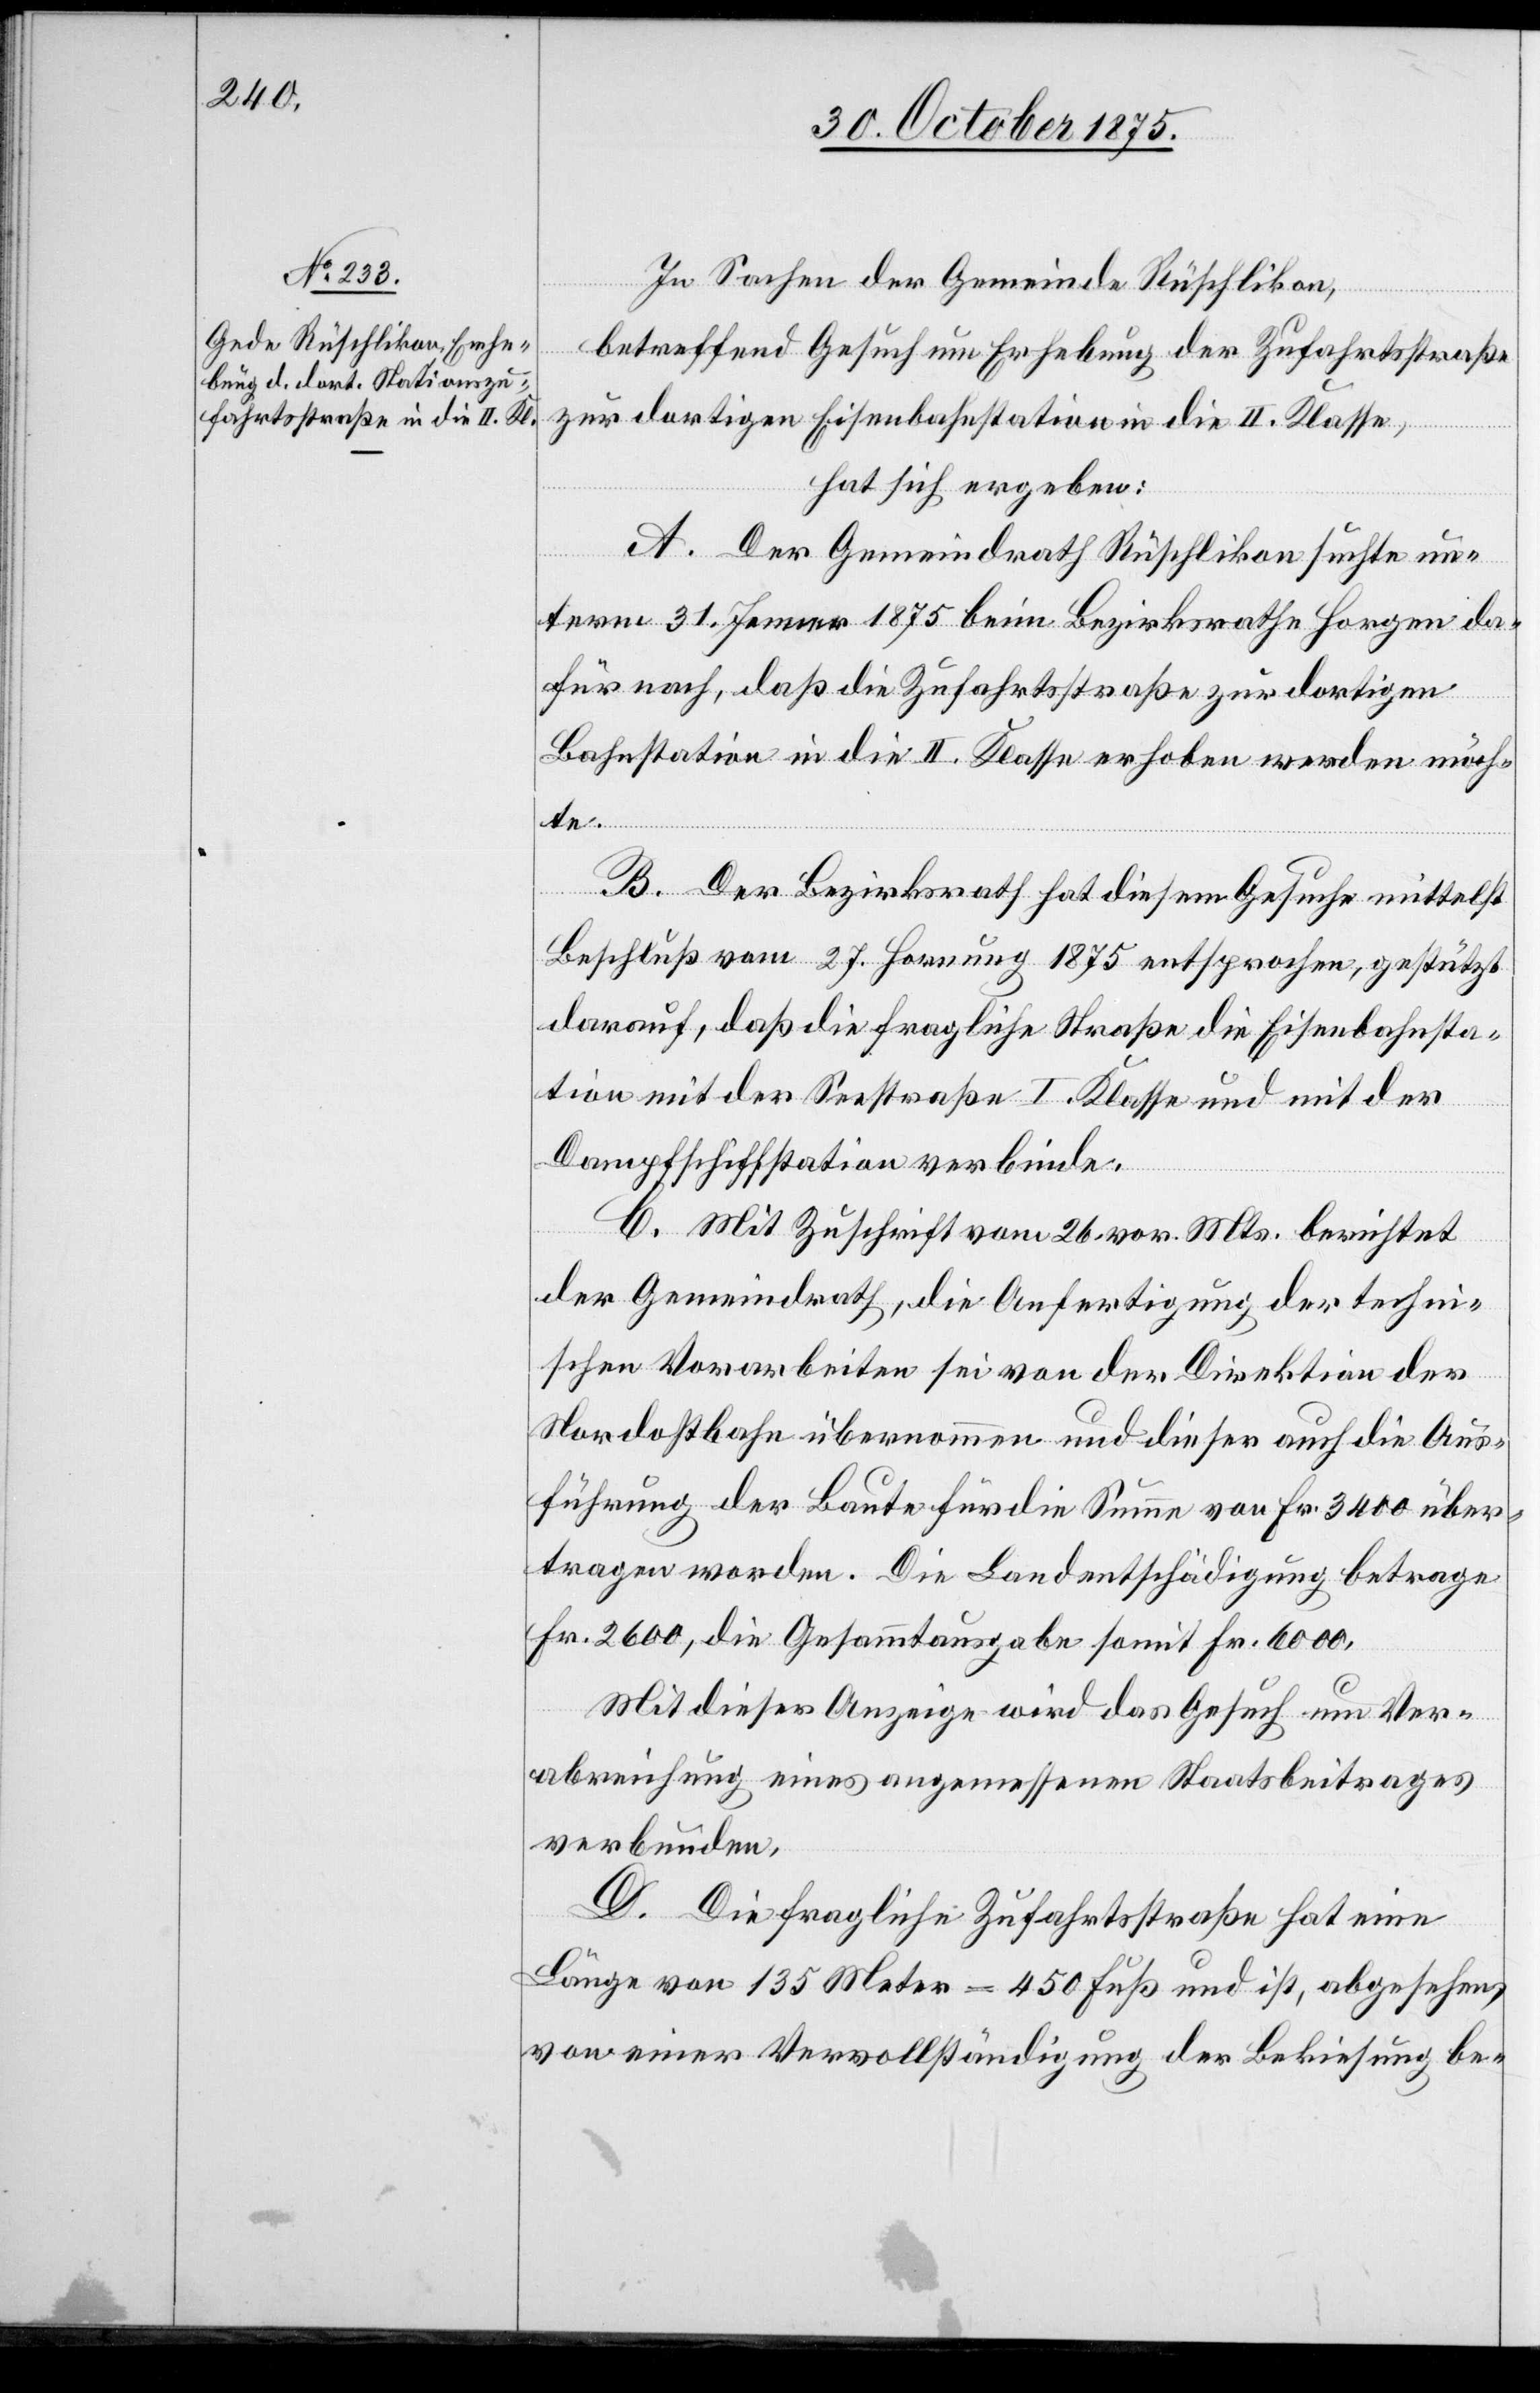
In Sachen der Gemeinde Rüschlikon,
betreffend Gesuch um Erhebung der Zufahrtsstraße
zur dortigen Eisenbahnstation in die II. Klasse,
hat sich ergeben:
A. Der Gemeindrath Rüschlikon suchte un¬
term 31. Jenner 1875 beim Bezirksrathe Horgen da¬
für nach, daß die Zufahrtstraße zur dortigen
Bahnstation in die II. Klasse erhoben werden möch¬
te.
B. Der Bezirksrath hat diesem Gesuche mittelst
Beschluß vom 27. Hornung 1875 entsprochen, gestützt
darauf, daß die fragliche Straße die Eisenbahnsta¬
tion mit der Seestraße I. Klasse und mit der
Dampfschiffstation verbinde.
C. Mit Zuschrift vom 26. vor. Mts. berichtet
der Gemeindrath, die Anfertigung der techni¬
schen Vorarbeiten sei von der Direktion der
Nordostbahn übernommen und dieser auch die Aus¬
führung der Baute für die Summe von Fr. 3400 über¬
tragen worden. Die Landentschädigung betrage
Fr. 2600, die Gesammtausgabe somit Fr. 6000.
Mit dieser Anzeige wird das Gesuch um Ver¬
abreichung eines angemessenen Staatsbeitrages
verbunden.
D. Die fragliche Zufahrtsstraße hat eine
Länge von 135 Meter = 450 Fuß und ist, abgesehen
von einer Vervollständigung der Bekiesung be-